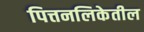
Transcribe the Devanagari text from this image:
पित्तनलिकेतील